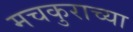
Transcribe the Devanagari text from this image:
मचकुराच्या